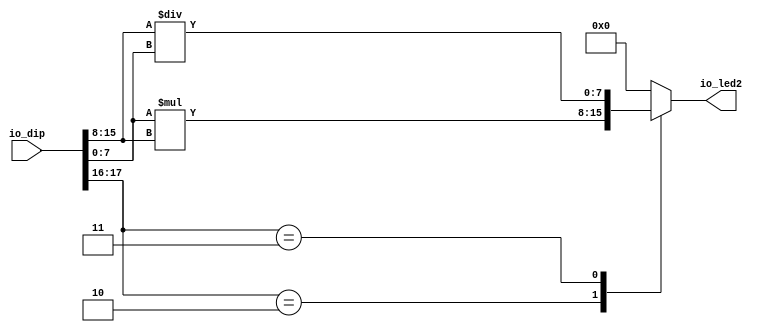
module muldiv_10 (
    input [23:0] io_dip,
    output reg [7:0] io_led2
  );
  
  
  
  always @* begin
    io_led2 = 1'h0;
    
    case (io_dip[16+0+1-:2])
      2'h2: begin
        io_led2 = io_dip[0+7-:8] * io_dip[8+7-:8];
      end
      2'h3: begin
        io_led2 = io_dip[8+7-:8] / io_dip[0+7-:8];
      end
    endcase
  end
endmodule